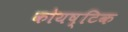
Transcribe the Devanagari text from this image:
कोयष्टिक